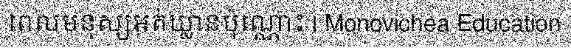
ពេលមនុស្សអត់ឃ្លានប៉ុណ្ណោះ | Monovichea Education